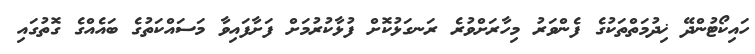
ހައިކޯޓުންދޭ ޚިދުމަތްތަކުގެ ފެންވަރު މިހާރަށްވުރެ ރަނގަޅުކޮށް ފުޅާކުރުމަށް ފަށާފައިވާ މަސައްކަތުގެ ބައެއްގެ ގޮތުގައި